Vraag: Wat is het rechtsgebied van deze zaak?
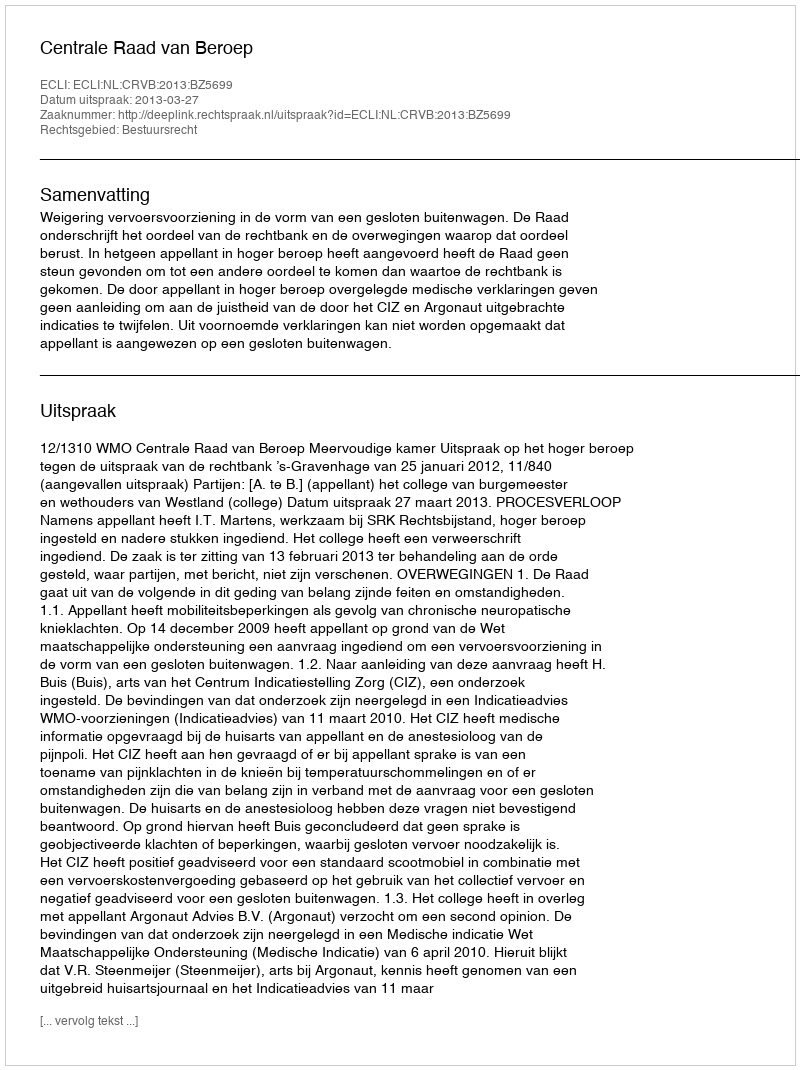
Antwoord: Bestuursrecht